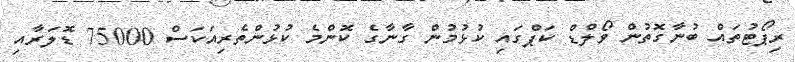
ރިޕޯޓުތައް ބުނާގޮތުން ވޯލްޑް ކަޕްގައި ކުޅުމުން ގާނާގެ ކޮންމެ ކުޅުންތެރިއަކަސް 75000 ޑޮލަރާއި